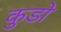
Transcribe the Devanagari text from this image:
कुडों